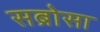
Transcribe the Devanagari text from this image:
सब्रोसा